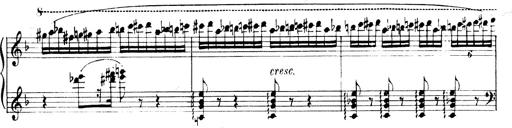
Title: Andante Finale und Marsch aus der Oper KÃ¶nig Alfred
Composer: Franz Liszt